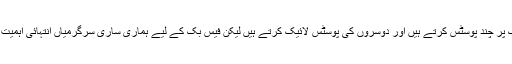
بظاہر تو ہم فیس بک پر چند پوسٹس کرتے ہیں اور دوسروں کی پوسٹس لائیک کرتے ہیں لیکن فیس بک کے لیے ہماری ساری سرگرمیاں انتہائی اہمیت کی حامل ہوتی ہیں۔